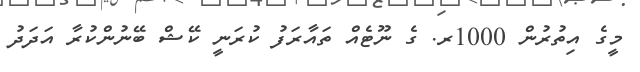
މީގެ އިތުރުން 1000ރ. ގެ ނޫޓެއް ތައާރަފު ކުރަނީ ކޭޝް ބޭނުންކުރާ އަދަދު